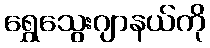
ရွှေသွေးဂျာနယ်ကို